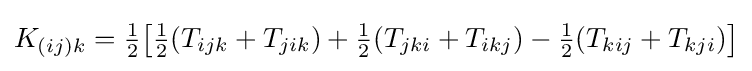
K_{(ij)k}={\tfrac {1}{2}}{\bigl [}{\tfrac {1}{2}}(T_{ijk}+T_{jik})+{\tfrac {1}{2}}(T_{jki}+T_{ikj})-{\tfrac {1}{2}}(T_{kij}+T_{kji}){\bigr ]}